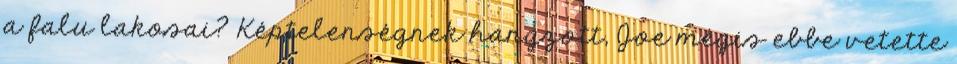
a falu lakosai? Képtelenségnek hangzott, Joe mégis ebbe vetette